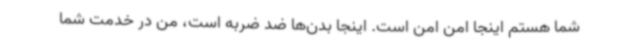
شما هستم اینجا امن امن است. اینجا بدن‌ها ضد ضربه است، من در خدمت شما